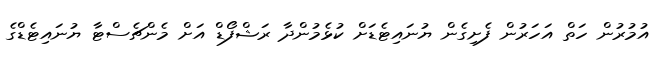
އުމުރުން ހަތް އަހަރުން ފެށިގެން ޔުނައިޓެޑަށް ކުޅެމުންދާ ރަޝްފޯޑް އަށް މެންޗެސްޓާ ޔުނައިޓެޑްގެ